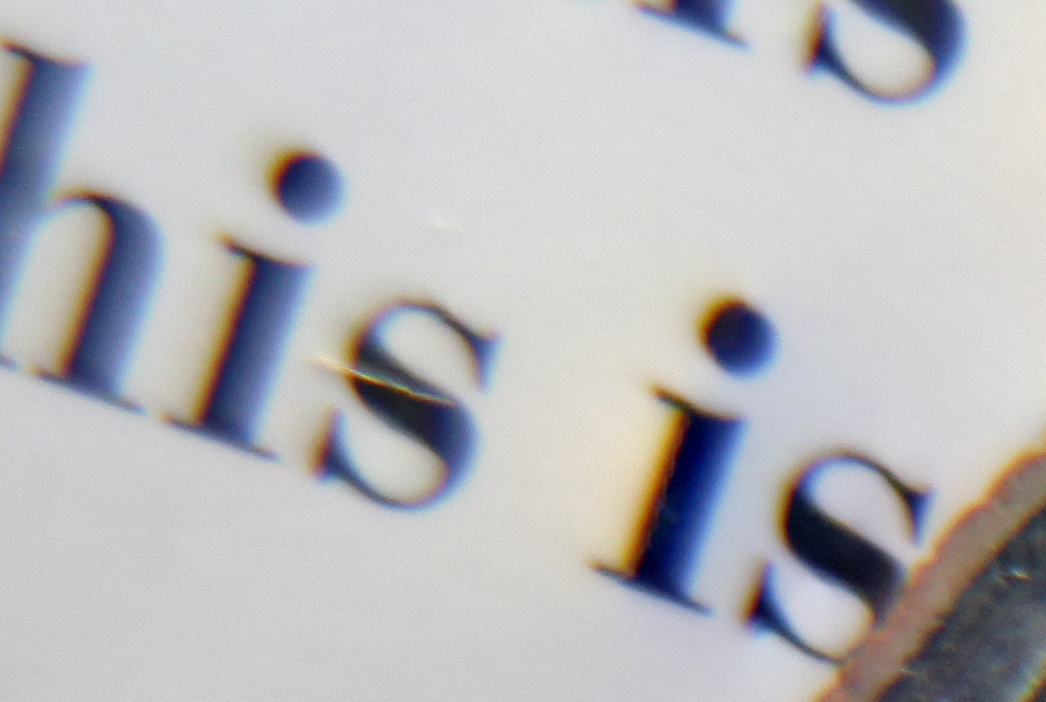
his is